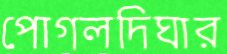
পোগলদিঘার